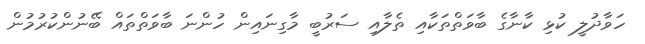
ހަވާދުލީ ކުޅި ކާނާގެ ބާވަތްތަކާއި ތެލާއި ސަރުބީ މާގިނައިން ހުންނަ ބާވަތްތައް ބޭނުންކުރުމުން